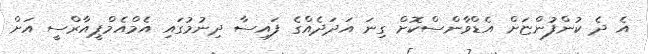
އެ ދެ ކުންފުންޏަށް އެޑްވާންސްކޮށް ގިނަ އަދަދެއްގެ ފައިސާ ދިނުމުގައި އެމްއެމްޕީއާރްސީ އަށް